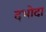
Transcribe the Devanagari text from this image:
दभोदा